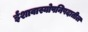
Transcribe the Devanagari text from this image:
ईशावास्योपनिषदातील